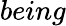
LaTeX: being